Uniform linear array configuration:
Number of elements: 8
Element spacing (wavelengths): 0.5
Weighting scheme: exponential
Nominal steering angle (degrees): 60
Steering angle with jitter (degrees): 59.791
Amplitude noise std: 0.05
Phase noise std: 0.05

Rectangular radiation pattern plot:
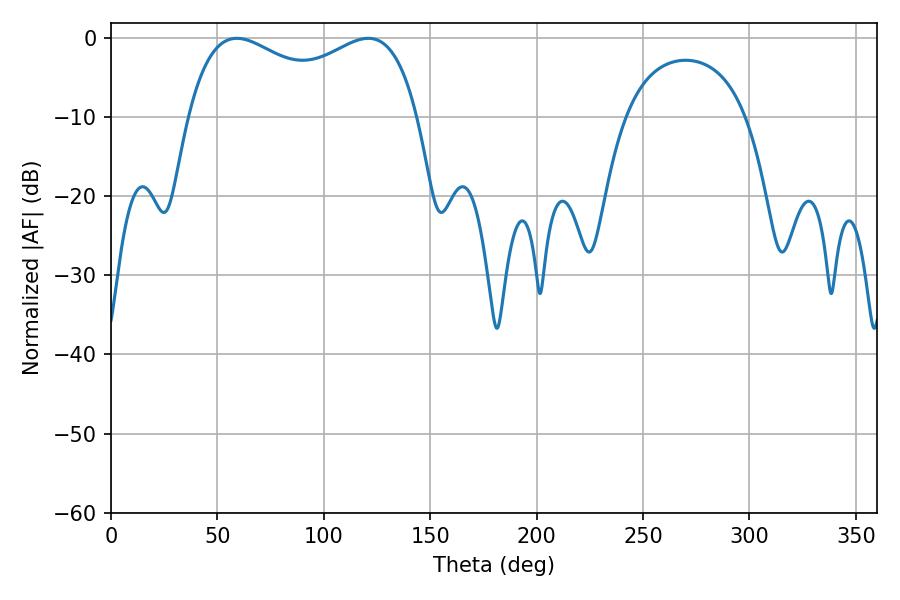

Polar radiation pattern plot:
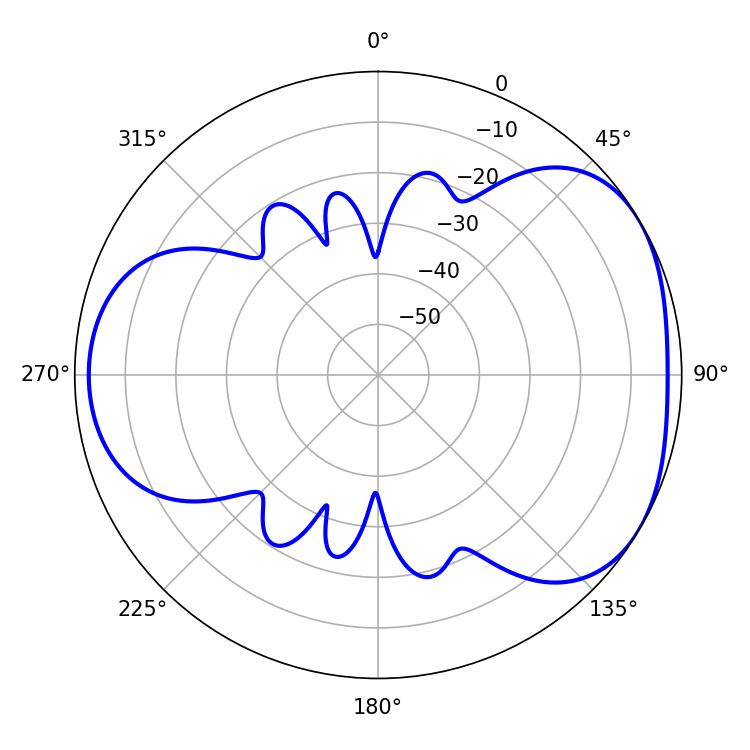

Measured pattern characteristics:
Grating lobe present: FALSE
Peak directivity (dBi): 4.146
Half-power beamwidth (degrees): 89.64
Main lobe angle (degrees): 59.04